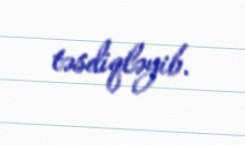
təsdiqləyib.